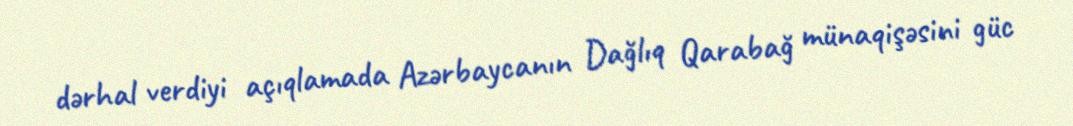
dərhal verdiyi açıqlamada Azərbaycanın Dağlıq Qarabağ münaqişəsini güc